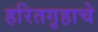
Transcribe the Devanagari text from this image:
हरितगृहाचे